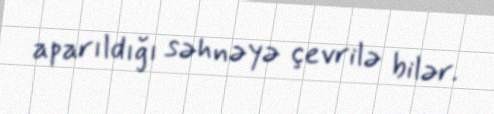
aparıldığı səhnəyə çevrilə bilər.